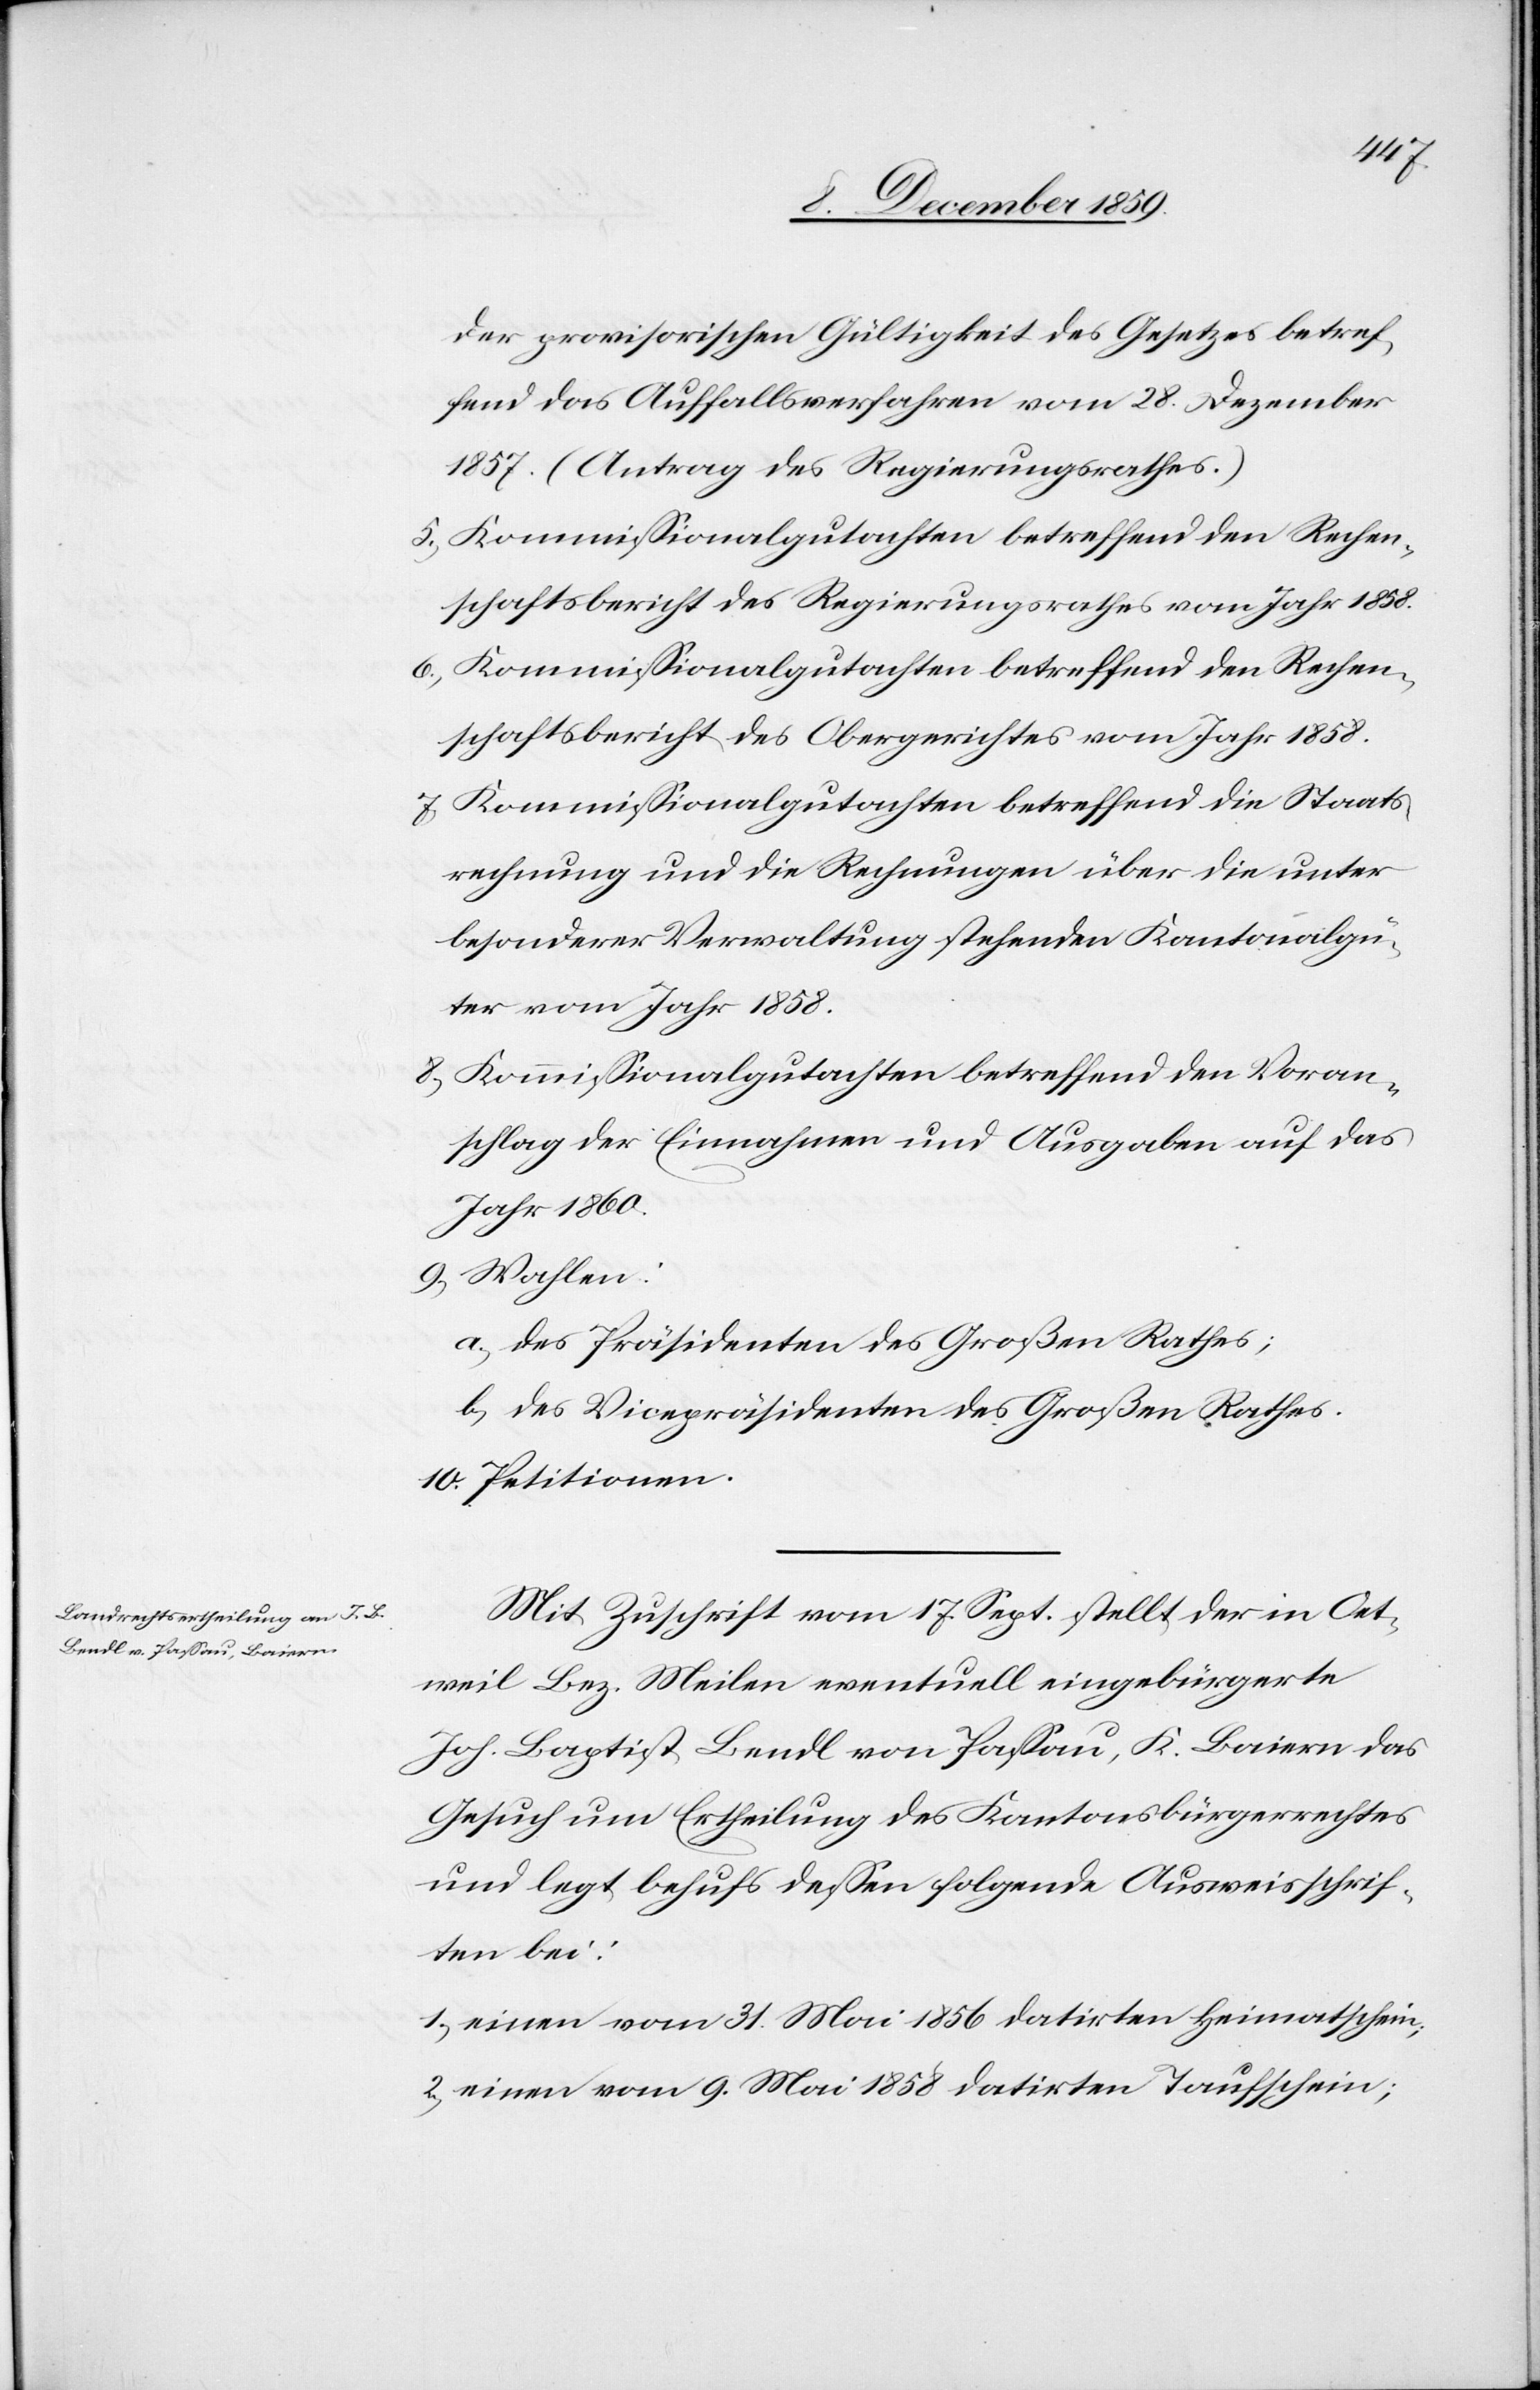
der provisorischen Gültigkeit des Gesetzes betref¬
fend das Ausfallsverfahren vom 28. Dezember
1857. (Antrag des Regierungsrathes.)
schaftsbericht des Regierungsrathes vom Jahr 1858.
6) Kommissionalgutachten betreffend den Rechen¬
schaftsbericht des Obergerichtes vom Jahr 1858.
7) Kommissionalgutachten betreffend die Staats¬
rechnung und die Rechnung über die unter
besonderer Verwaltung stehenden Kantonalgü¬
ter vom Jahr 1858.
8) Kommissionalgutachten betreffend den Voran¬
schlag der Einnahmen und Ausgaben auf das
Jahr 1860.
9) Wahlen:
a) des Präsidenten des Großen Rathes;
b) des Vicepräsidenten des Großen Rathes.
10) Petitionen.
Mit Zuschrift vom 17. Sept. stellt der in Oet¬
weil Bezirksrath. Meilen eventuell eingebürgerte
Joh. Baptist Bendl von Passau, K. Baiern das
Gesuch um Ertheilung des Kantonsbürgerrechtes
und legt behufs dessen folgende Ausweisschrif¬
ten bei:
1) einen vom 31. Mai 1856 datirten Heimatschein;
2) einen vom 9. Mai 1858 datirten Taufschein;